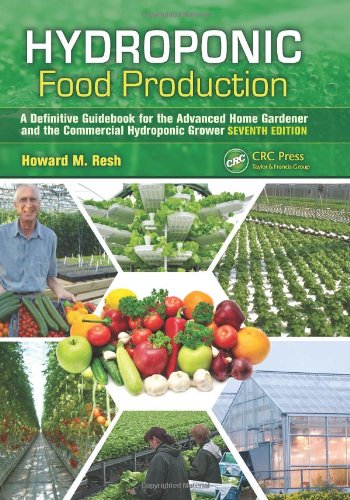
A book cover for Hydroponic Food Production: A Definitive Guidebook for the Advanced Home Gardener and the Commercial Hydroponic Grower, Seventh Edition; Howard M. Resh; Science & Math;